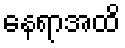
နေရာအထိ